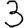
Digit: 3